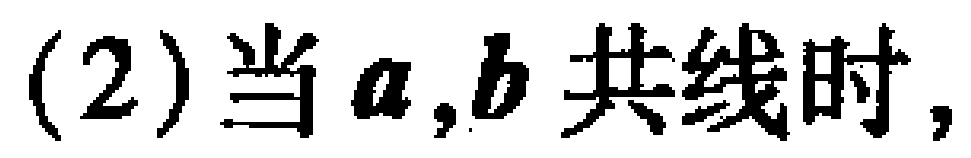
(2)当\(a,b\)共线时,